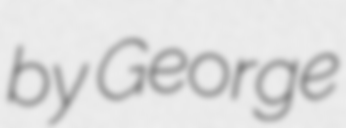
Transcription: by George